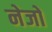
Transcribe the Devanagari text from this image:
नेजों